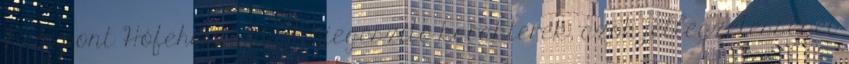
Nem pont Hófehérke, de a kiegészítő karakterek, azok jellegzetességei